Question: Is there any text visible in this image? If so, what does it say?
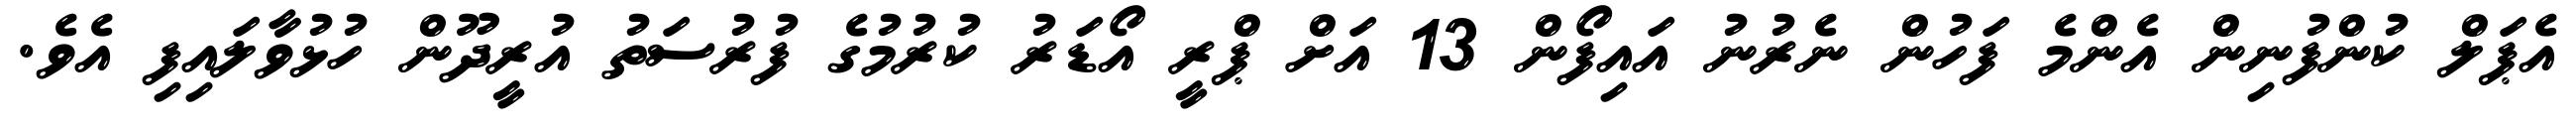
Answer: އެޕަލް ކުންފުނިން އެންމެ ފަހުން ނެރުނު އައިފޯން 13 އަށް ޕްރީ އޯޑަރު ކުރުމުގެ ފުރުސަތު އުރީދޫން ހުޅުވާލައިފި އެވެ.